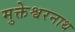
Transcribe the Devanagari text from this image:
मुक्तेश्वरनाथ